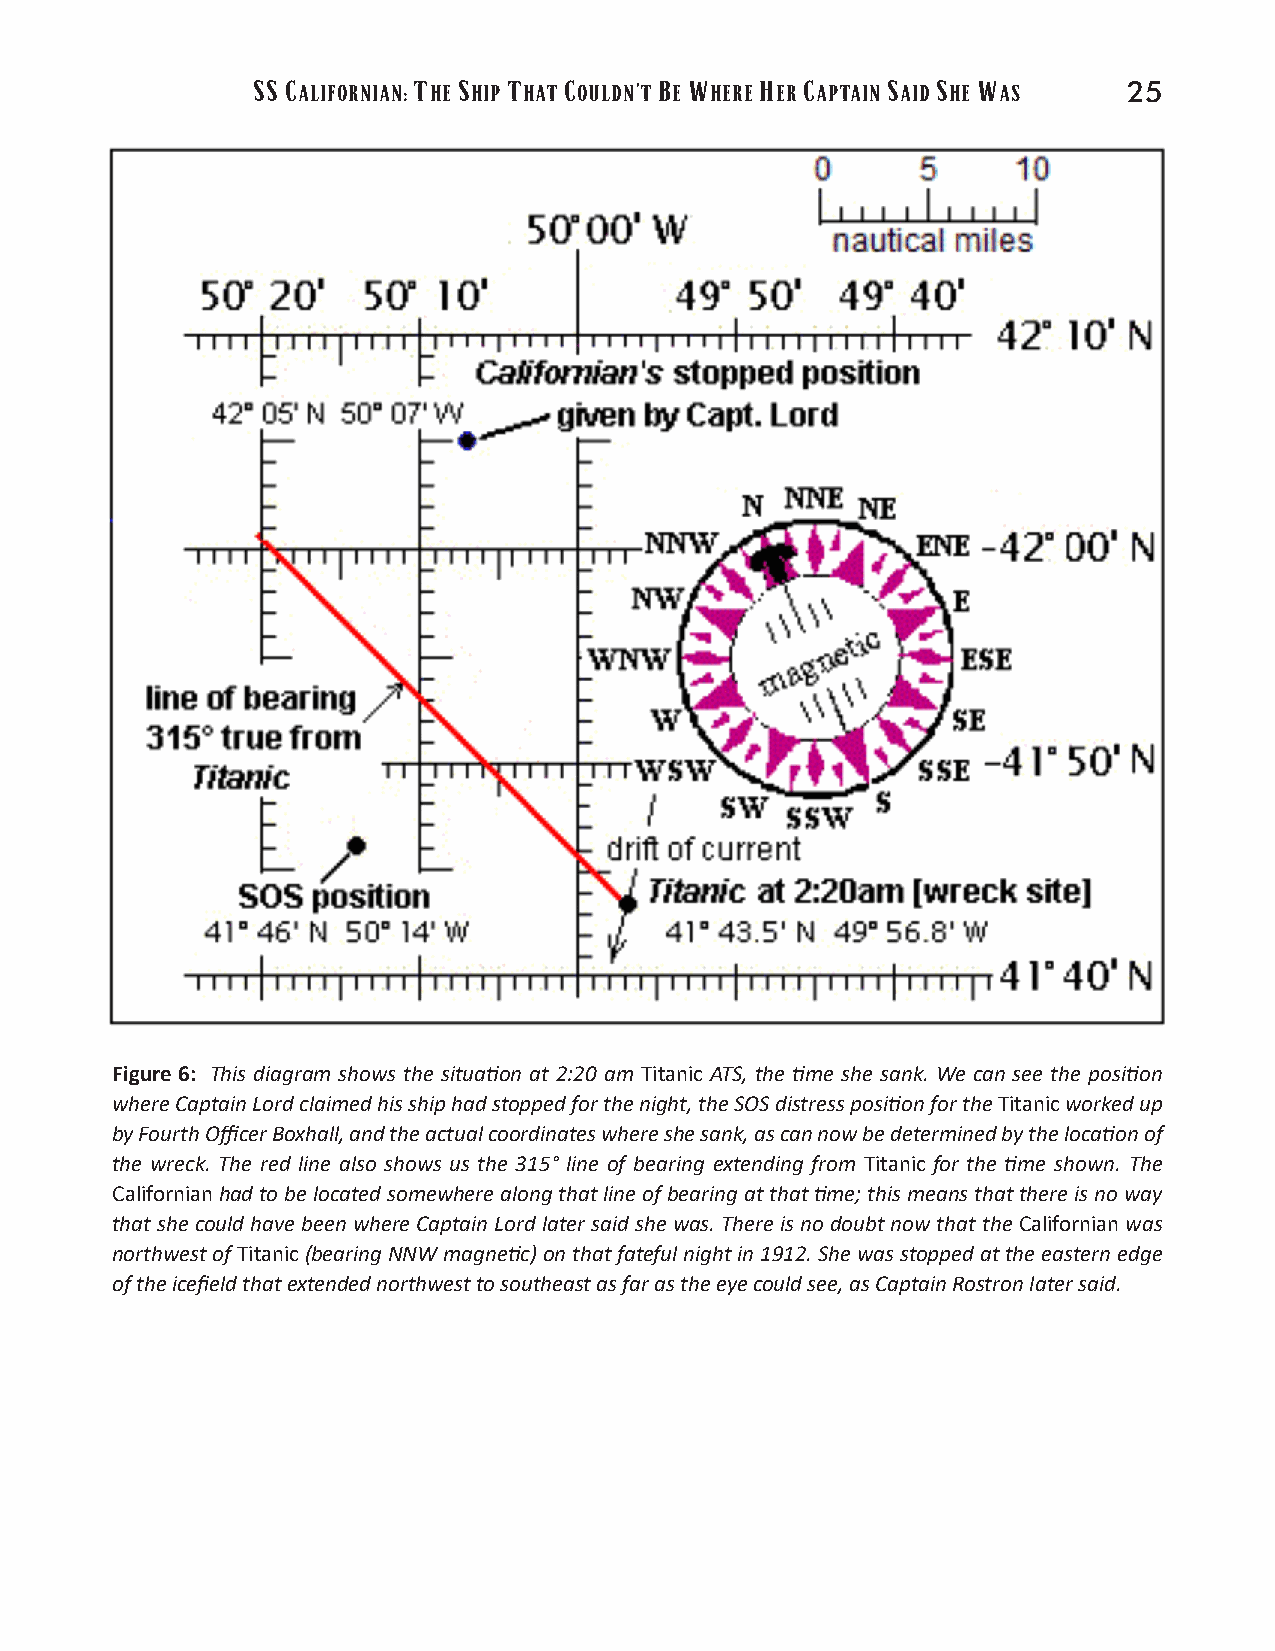
SS C      T  S   T  C      B W   H  C     S  S  W
 ALIFORNIAN: HE HIP HAT OULDN’T E HERE ER APTAIN AID HE AS 25
 Figure 6: This diagram shows the situa�on at 2:20 am Titanic ATS, the �me she sank. We can see the posi�on
 whereCaptainLordclaimedhisshiphadstoppedforthenight,theSOSdistressposi�onfortheTitanicworkedup
 byFourthOfficerBoxhall,andtheactualcoordinateswhereshesank,ascannowbedeterminedbytheloca�onof
 the wreck. The red line also shows us the 315° line of bearing extending from Titanic for the �me shown. The
 Californianhadtobelocatedsomewherealongthatlineofbearingatthat�me;thismeansthatthereisnoway
 thatshecouldhavebeenwhereCaptainLordlatersaidshewas.ThereisnodoubtnowthattheCalifornianwas
 northwestofTitanic(bearingNNWmagne�c)onthatfatefulnightin1912.Shewasstoppedattheeasternedge
 oftheicefieldthatextendednorthwesttosoutheastasfarastheeyecouldsee,asCaptainRostronlatersaid.